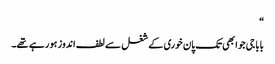
“
بابا جی جو ابھی تک پان خوری کے شغل سے لطف اندوز ہو رہے تھے۔